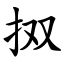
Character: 㧐